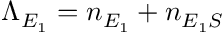
\Lambda _ { E _ { 1 } } = n _ { E _ { 1 } } + n _ { E _ { 1 } S }